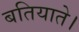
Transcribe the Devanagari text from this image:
बतियाते।